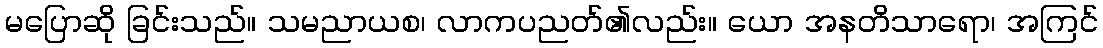
မပြောဆို ခြင်းသည်။ သမညာယစ၊ လာကပညတ်၏လည်း။ ယော အနတိသာရော၊ အကြင်